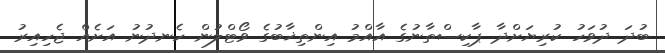
ބުދަ ދުވަހު ކުރިޔަށްދާ ޕާކިސްތާނުގެ އާއްމު އިންތިޚާބުގެ ވޯޓްލުން ހެނދުނު އަށެއް ޖެހިއިރު